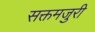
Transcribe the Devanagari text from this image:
सक्तमजुरी